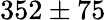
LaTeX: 352\pm 75